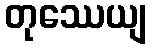
တုဿေယျ